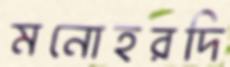
মনোহরদি